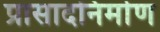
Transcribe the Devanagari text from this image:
प्रासादनिर्माण